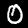
Digit: 0